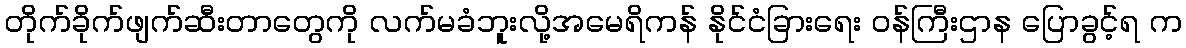
တိုက်ခိုက်ဖျက်ဆီးတာတွေကို လက်မခံဘူးလို့အမေရိကန် နိုင်ငံခြားရေး ဝန်ကြီးဌာန ပြောခွင့်ရ က